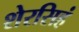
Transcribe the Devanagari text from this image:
शेरसिहं